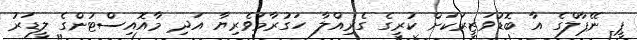
ޕީ ނޭޕާލްގެ އާ ބޮޑުވަޒީރަކަށް ކުރީގެ ގެރިއްލާ ހަގުރާމަވެރިޔާ އަދި މާއޮއިސްޓުންގެ ލީޑަރު